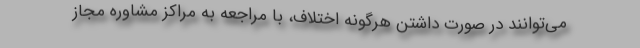
می‌توانند در صورت داشتن هرگونه اختلاف، با مراجعه به مراکز مشاوره مجاز